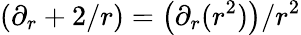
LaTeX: \left(\partial_{r}+{2}/{r}\right)=\left(\partial_{r}(r^{2})\right)/r^{2}